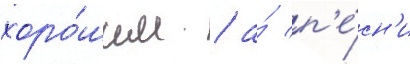
хоро́шим / а́ п'е́сн'и